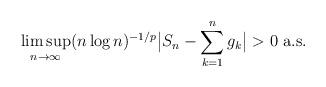
LaTeX: \begin{align*}\limsup_{n \rightarrow \infty} (n \log n)^{-1/p} \big | S_n - \sum_{k=1}^n g_k \big | >0 \mbox{ a.s.}\end{align*}